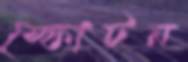
স্ফোটন